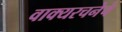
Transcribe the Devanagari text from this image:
वाक्यरचनेचे